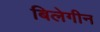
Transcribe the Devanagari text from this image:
बिलेगीन